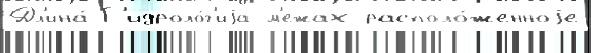
Дл'ина́ Г'идроло́г'иjа м'ежах располо́женноjе